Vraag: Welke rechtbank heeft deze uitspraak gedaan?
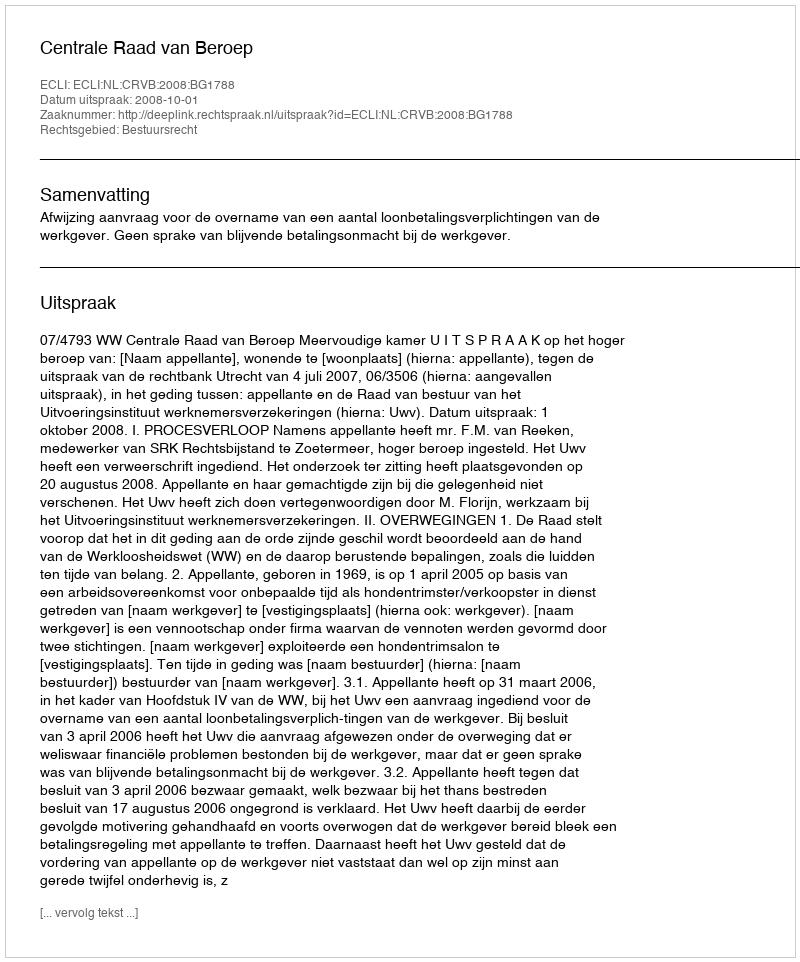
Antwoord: Centrale Raad van Beroep